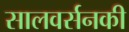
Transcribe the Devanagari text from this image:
सालवर्सनकी